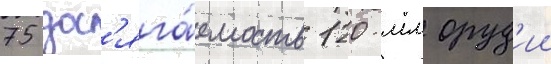
75 дос'яга́емость 120-мм оруд'ии